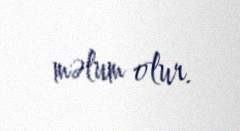
məlum olur.